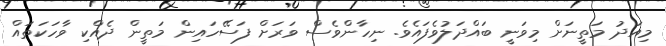
މިއަދު މަތީނަށް މިވަނީ ބައްދަލުވެފައެވެ. ނިހާންވެސް ވަރަށް ފަސޭހައިން މަތީން ދެއްކި ވާހަކަތައް